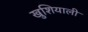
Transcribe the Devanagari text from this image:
खुशियाली